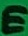
Text: E